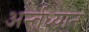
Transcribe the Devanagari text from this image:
अर्न्‍तध्‍यान